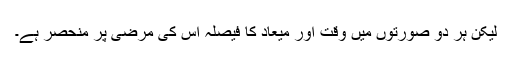
لیکن ہر دو صورتوں میں وقت اور میعاد کا فیصلہ اس کی مرضی پر منحصر ہے۔